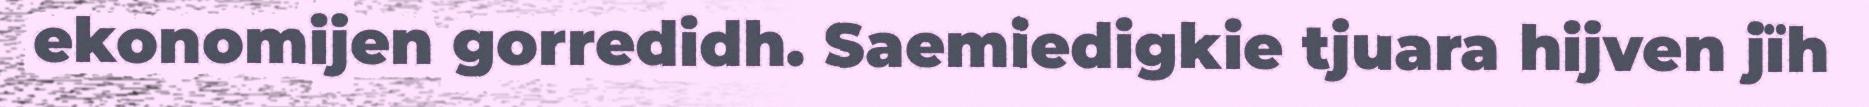
ekonomijen gorredidh. Saemiedigkie tjuara hijven jïh